Vaccination United Provinces of Agra and Oudh 1902-1913 - 1902-1913
Year: 1902
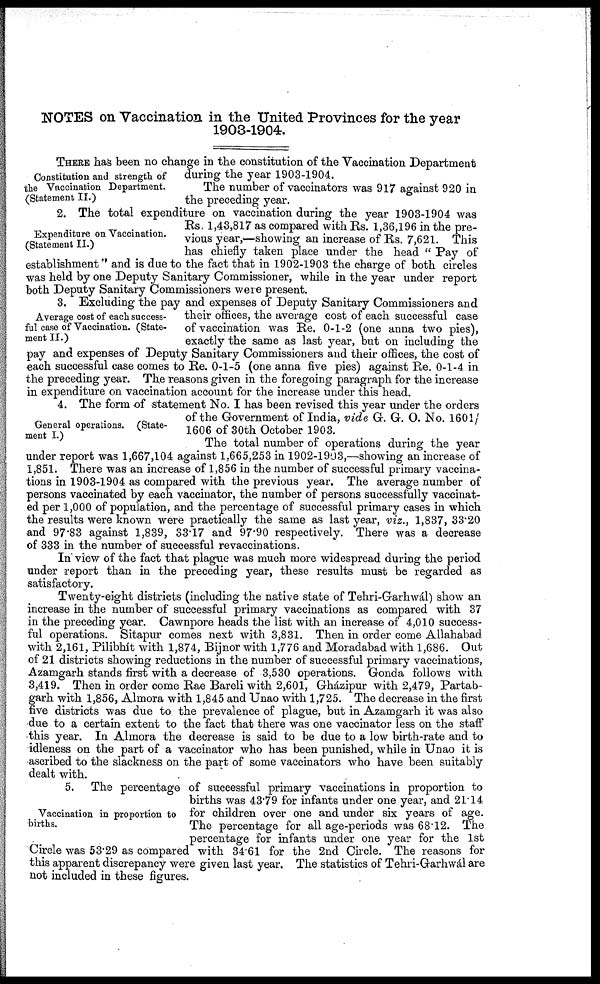
NOTES on Vaccination in the United Provinces for the year
1903-1904.
Constitution and strength of
the Vaccination Department.
(Statement II.)
THERE has been no change in the constitution of the Vaccination Department
during the year 1903-1904.
The number of vaccinators was 917 against 920 in
the preceding year.
Expenditure on Vaccination.
(Statement II.)
2. The total expenditure on vaccination during the year 1903-1904 was
Rs 1,43,817 as compared with Rs. 1,36,196 in the pre-
vious year,—showing an increase of Rs. 7,621. This
has chiefly taken place under the head " Pay of
establishment" and is due to the fact that in 1902-1903 the charge of both circles
was held by one Deputy Sanitary Commissioner, while in the year under report
both Deputy Sanitary Commissioners were present.
Average cost of each success-
ful case of Vaccination. (State-
ment II.)
3. Excluding the pay and expenses of Deputy Sanitary Commissioners and
their offices, the average cost of each successful case
of vaccination was Re. 0-1-2 (one anna two pies),
exactly the same as last year, but on including the
pay and expenses of Deputy Sanitary Commissioners and their offices, the cost of
each successful case comes to Re. 0-1-5 (one anna five pies) against Re. 0-1-4 in
the preceding year. The reasons given in the foregoing paragraph for the increase
in expenditure on vaccination account for the increase under this head.
General operations. (State-
ment I.)
4. The form of statement No. I has been revised this year under the orders
of the Government of India, vide G. G. O. No. 1601/
1606 of 30th October 1903.
The total number of operations during the year
under report was 1,667,104 against 1,665,253 in 1902-1903,—showing an increase of
1,851. There was an increase of 1,856 in the number of successful primary vaccina-
tions in 1903-1904 as compared with the previous year. The average number of
persons vaccinated by each vaccinator, the number of persons successfully vaccinat-
ed per 1,000 of population, and the percentage of successful primary cases in which
the results were known were practically the same as last year, viz., 1,837, 33.20
and 97.83 against 1,839, 33.17 and 97.90 respectively. There was a decrease
of 333 in the number of successful revaccinations.
In view of the fact that plague was much more widespread during the period
under report than in the preceding year, these results must be regarded as
satisfactory.
Twenty-eight districts (including the native state of Tehri-Garhwál) show an
increase in the number of successful primary vaccinations as compared with 37
in the preceding year. Cawnpore heads the list with an increase of 4,010 success-
ful operations. Sitapur comes next with 3,831. Then in order come Allahabad
with 2,161, Pilibhít with 1,874, Bijnor with 1,776 and Moradabad with 1,686. Out
of 21 districts showing reductions in the number of successful primary vaccinations,
Azamgarh stands first with a decrease of 3,530 operations. Gonda follows with
3,419. Then in order come Rae Bareli with 2,601, Gházipur with 2,479, Partab¬
garh with 1,856, Almora with 1,845 and Unao with 1,725. The decrease in the first
five districts was due to the prevalence of plague, but in Azamgarh it was also
due to a certain extent to the fact that there was one vaccinator less on the staff
this year. In Almora the decrease is said to be due to a low birth-rate and to
idleness on the part of a vaccinator who has been punished, while in Unao it is
ascribed to the slackness on the part of some vaccinators who have been suitably
dealt with.
Vaccination in proportion to
births.
5. The percentage of successful primary vaccinations in proportion to
births was 43.79 for infants under one year, and 21.14
for children over one and under six years of age.
The percentage for all age-periods was 68.12. The
percentage for infants under one year for the 1st
Circle was 53.29 as compared with 34.61 for the 2nd Circle. The reasons for
this apparent discrepancy were given last year. The statistics of Tehri-Garhwál are
not included in these figures.